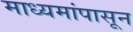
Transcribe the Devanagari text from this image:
माध्यमांपासून